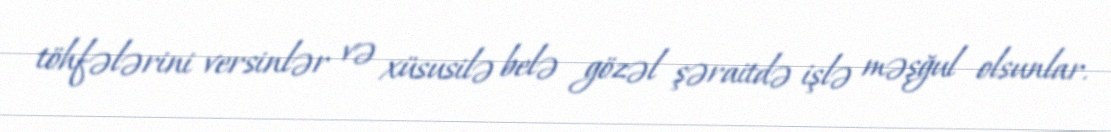
töhfələrini versinlər və xüsusilə belə gözəl şəraitdə işlə məşğul olsunlar.